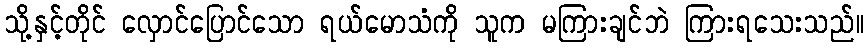
သို့နှင့်တိုင် လှောင်ပြောင်သော ရယ်မောသံကို သူက မကြားချင်ဘဲ ကြားရသေးသည်။